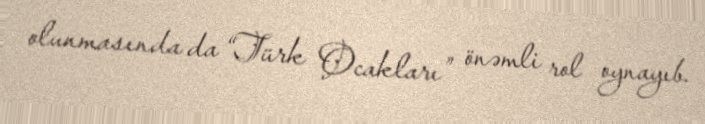
olunmasında da “Türk Ocakları” önəmli rol oynayıb.